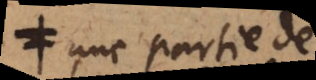
une partie de